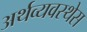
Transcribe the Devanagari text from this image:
अर्थव्यवस्थेस